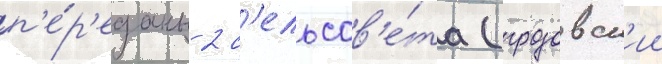
п'е́р'еданы 2 с'ельсов'е́та (грозовск'ии